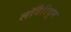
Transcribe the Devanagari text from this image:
लॉगैरिद्म